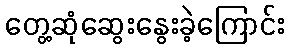
တွေ့ဆုံဆွေးနွေးခဲ့ကြောင်း